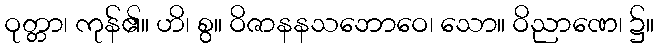
ဝုတ္တာ၊ ကုန်၏။ ဟိ၊ စွ။ ဝိဇာနနသဘောဝေ၊ သော။ ဝိညာဏေ၊ ၌။